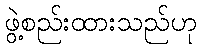
ဖွဲ့စည်းထားသည်ဟု